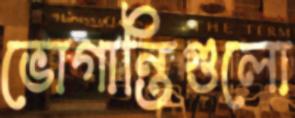
ভোগান্তিগুলো